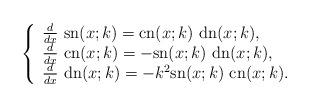
LaTeX: \begin{align*} \left\{ \begin{array}{l}\frac{d}{dx} \ \textrm{sn}(x;k) = \textrm{cn}(x;k) \ \textrm{dn}(x;k),\\\frac{d}{dx} \ \textrm{cn}(x;k) = -\textrm{sn}(x;k) \ \textrm{dn}(x;k), \\ \frac{d}{dx} \ \textrm{dn}(x;k) = -k^2 \textrm{sn}(x;k) \ \textrm{cn}(x;k).\end{array} \right.\end{align*}